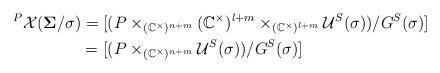
LaTeX: \begin{align*}^{P}\mathcal{X}(\boldsymbol{\Sigma}/\sigma)& =[(P\times_{(\mathbb{C}^{\times})^{n+m}}(\mathbb{C}^{\times})^{l+m}\times _{(\mathbb{C}^{\times})^{l+m}}\mathcal{U}^{S}(\sigma))/G^{S}(\sigma)]\\& =[(P\times_{(\mathbb{C}^{\times})^{n+m}}\mathcal{U}^{S}(\sigma))/G^{S}(\sigma)]\end{align*}